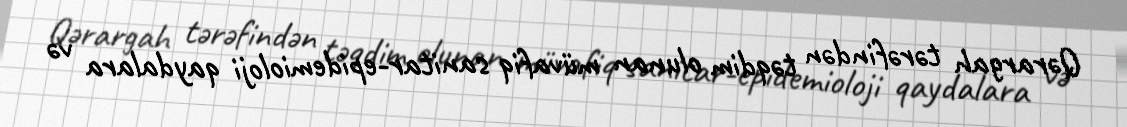
Qərargah tərəfindən təqdim olunan müvafiq sanitar-epidemioloji qaydalara və